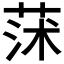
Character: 𦱈